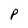
Character: P